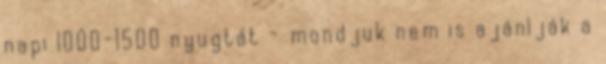
napi 1000-1500 nyugtát - mondjuk nem is ajánlják a